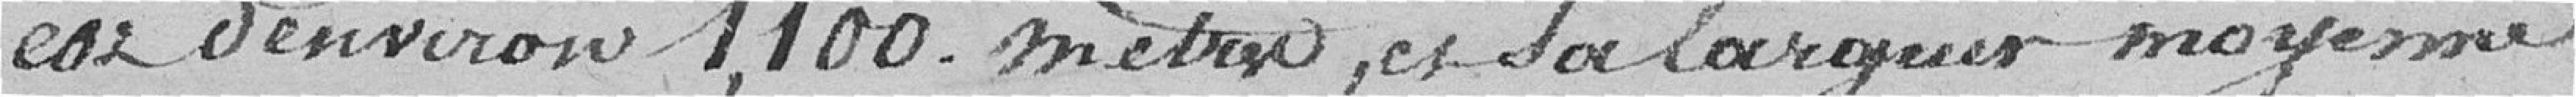
est d'environ 1100 mètres, et sa largeur moyenne